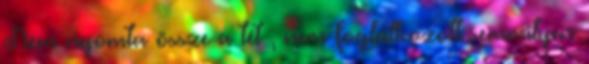
Nem nyomta össze a tét , nem foglalkozott semmilyen